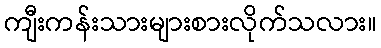
ကျီးကန်းသားများစားလိုက်သလား။